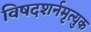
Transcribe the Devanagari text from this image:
विषदशर्नमृत्युक